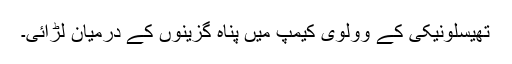
تھیسلونیکی کے وولوی کیمپ میں پناہ گزینوں کے درمیان لڑائی۔